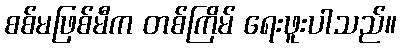
စစ်မဖြစ်မီက တစ်ကြိမ် ရေးဖူးပါသည်။